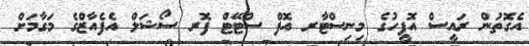
އެގޮތުން ރައީސް އޮފީހުގެ މިނިސްޓާރ އޮފް ސްޓޭޓް ފޮރ ސޯޝަލް އެފެއާޒްގެ މަގާމަށް